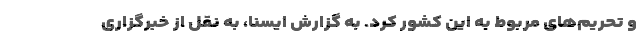
و تحریم‌های مربوط به این کشور کرد. به گزارش ایسنا، به نقل از خبرگزاری